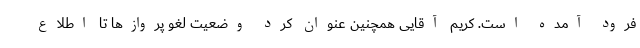
فرود آمده است. کریم آقایی همچنین عنوان کرد وضعیت لغو پروازها تا اطلاع